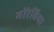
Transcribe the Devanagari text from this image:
मोरेविया